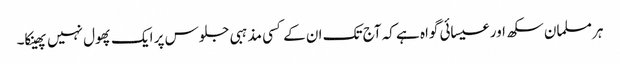
ہر مسلمان سکھ اور عیسائی گواہ ہے کہ آج تک ان کے کسی مذہبی جلوس پر ایک پھول نہیں پھینکا۔